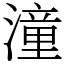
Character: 潼